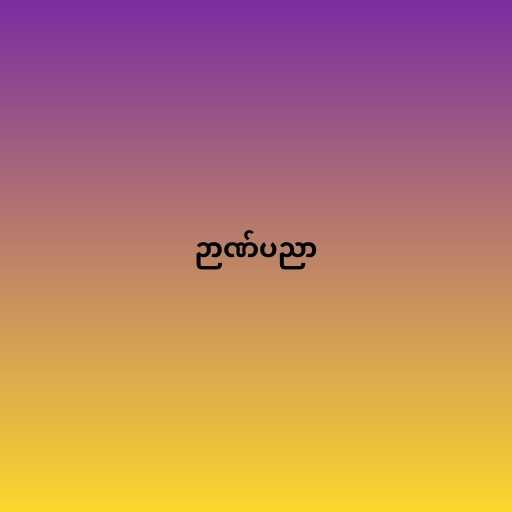
ဉာဏ်ပညာ